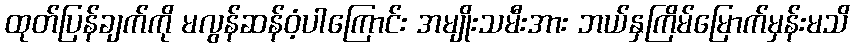
ထုတ်ပြန်ချက်ကို မလွန်ဆန်ဝံ့ပါကြောင်း အမျိုးသမီးအား ဘယ်နှကြိမ်မြောက်မှန်းမသိ